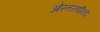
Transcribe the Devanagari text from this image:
ओस्तरहानिङे